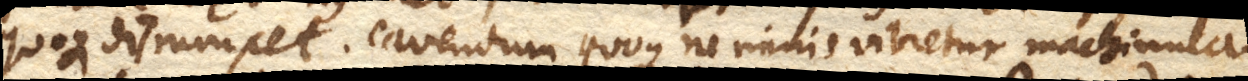
quoque disrumpet. Cavendum quoque ne nimis vibretur machinula